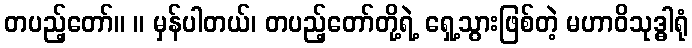
တပည့်တော်။ ။ မှန်ပါတယ်၊ တပည့်တော်တို့ရဲ့ ရှေ့သွားဖြစ်တဲ့ မဟာဝိသုဒ္ဓါရုံ